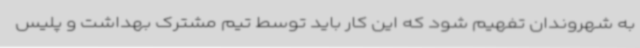
به شهروندان تفهیم شود که این کار باید توسط تیم مشترک بهداشت و پلیس